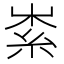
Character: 𥿟